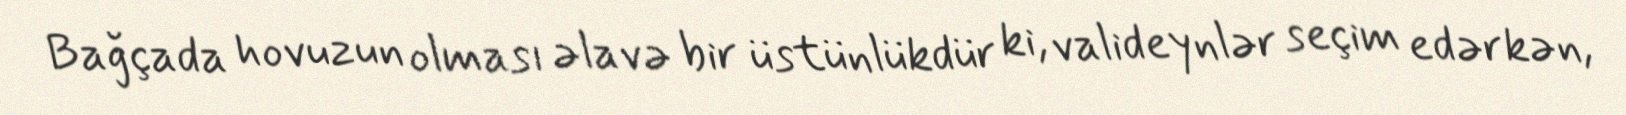
Bağçada hovuzun olması əlavə bir üstünlükdür ki, valideynlər seçim edərkən,